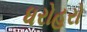
ધરોહરો